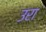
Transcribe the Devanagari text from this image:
उरा